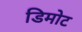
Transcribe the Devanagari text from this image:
डिमोट